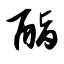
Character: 酯